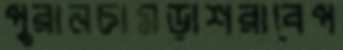
পুরানচামড়াশরাবেপ